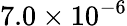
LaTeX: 7.0\times 10^{-6}